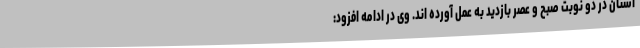
استان در دو نوبت صبح و عصر بازدید به عمل آورده اند. وی در ادامه افزود: